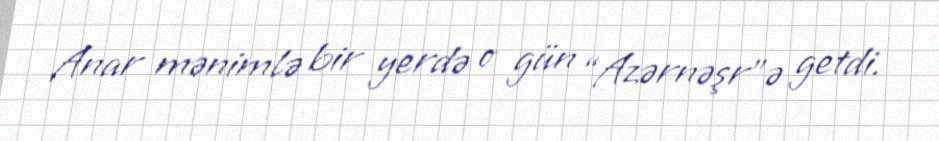
Anar mənimlə bir yerdə o gün “Azərnəşr”ə getdi.